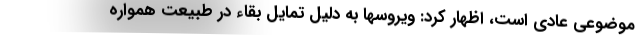
موضوعی عادی است، اظهار کرد: ویروسها به دلیل تمایل بقاء در طبیعت همواره